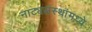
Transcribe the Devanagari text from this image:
नाट्यसंस्थांमध्ये